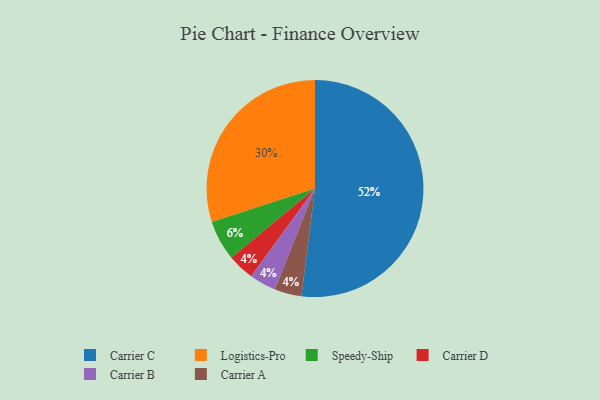
{"axis": {"x": "Category", "y": "Percentage"}, "legend": ["Carrier A", "Carrier B", "Carrier C", "Carrier D", "Logistics-Pro", "Speedy-Ship"], "data": [{"x": "Carrier D", "y": 4, "type": "Carrier D"}, {"x": "Carrier C", "y": 52, "type": "Carrier C"}, {"x": "Carrier B", "y": 4, "type": "Carrier B"}, {"x": "Carrier A", "y": 4, "type": "Carrier A"}, {"x": "Speedy-Ship", "y": 6, "type": "Speedy-Ship"}, {"x": "Logistics-Pro", "y": 30, "type": "Logistics-Pro"}]}